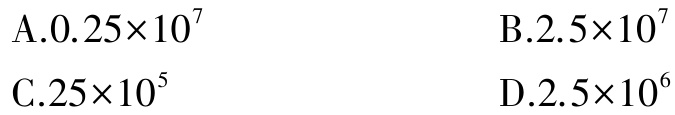
A.$0.25\times10^{7}$

B.$2.5\times10^{7}$

C.$25\times10^{5}$

D.$2.5\times10^{6}$